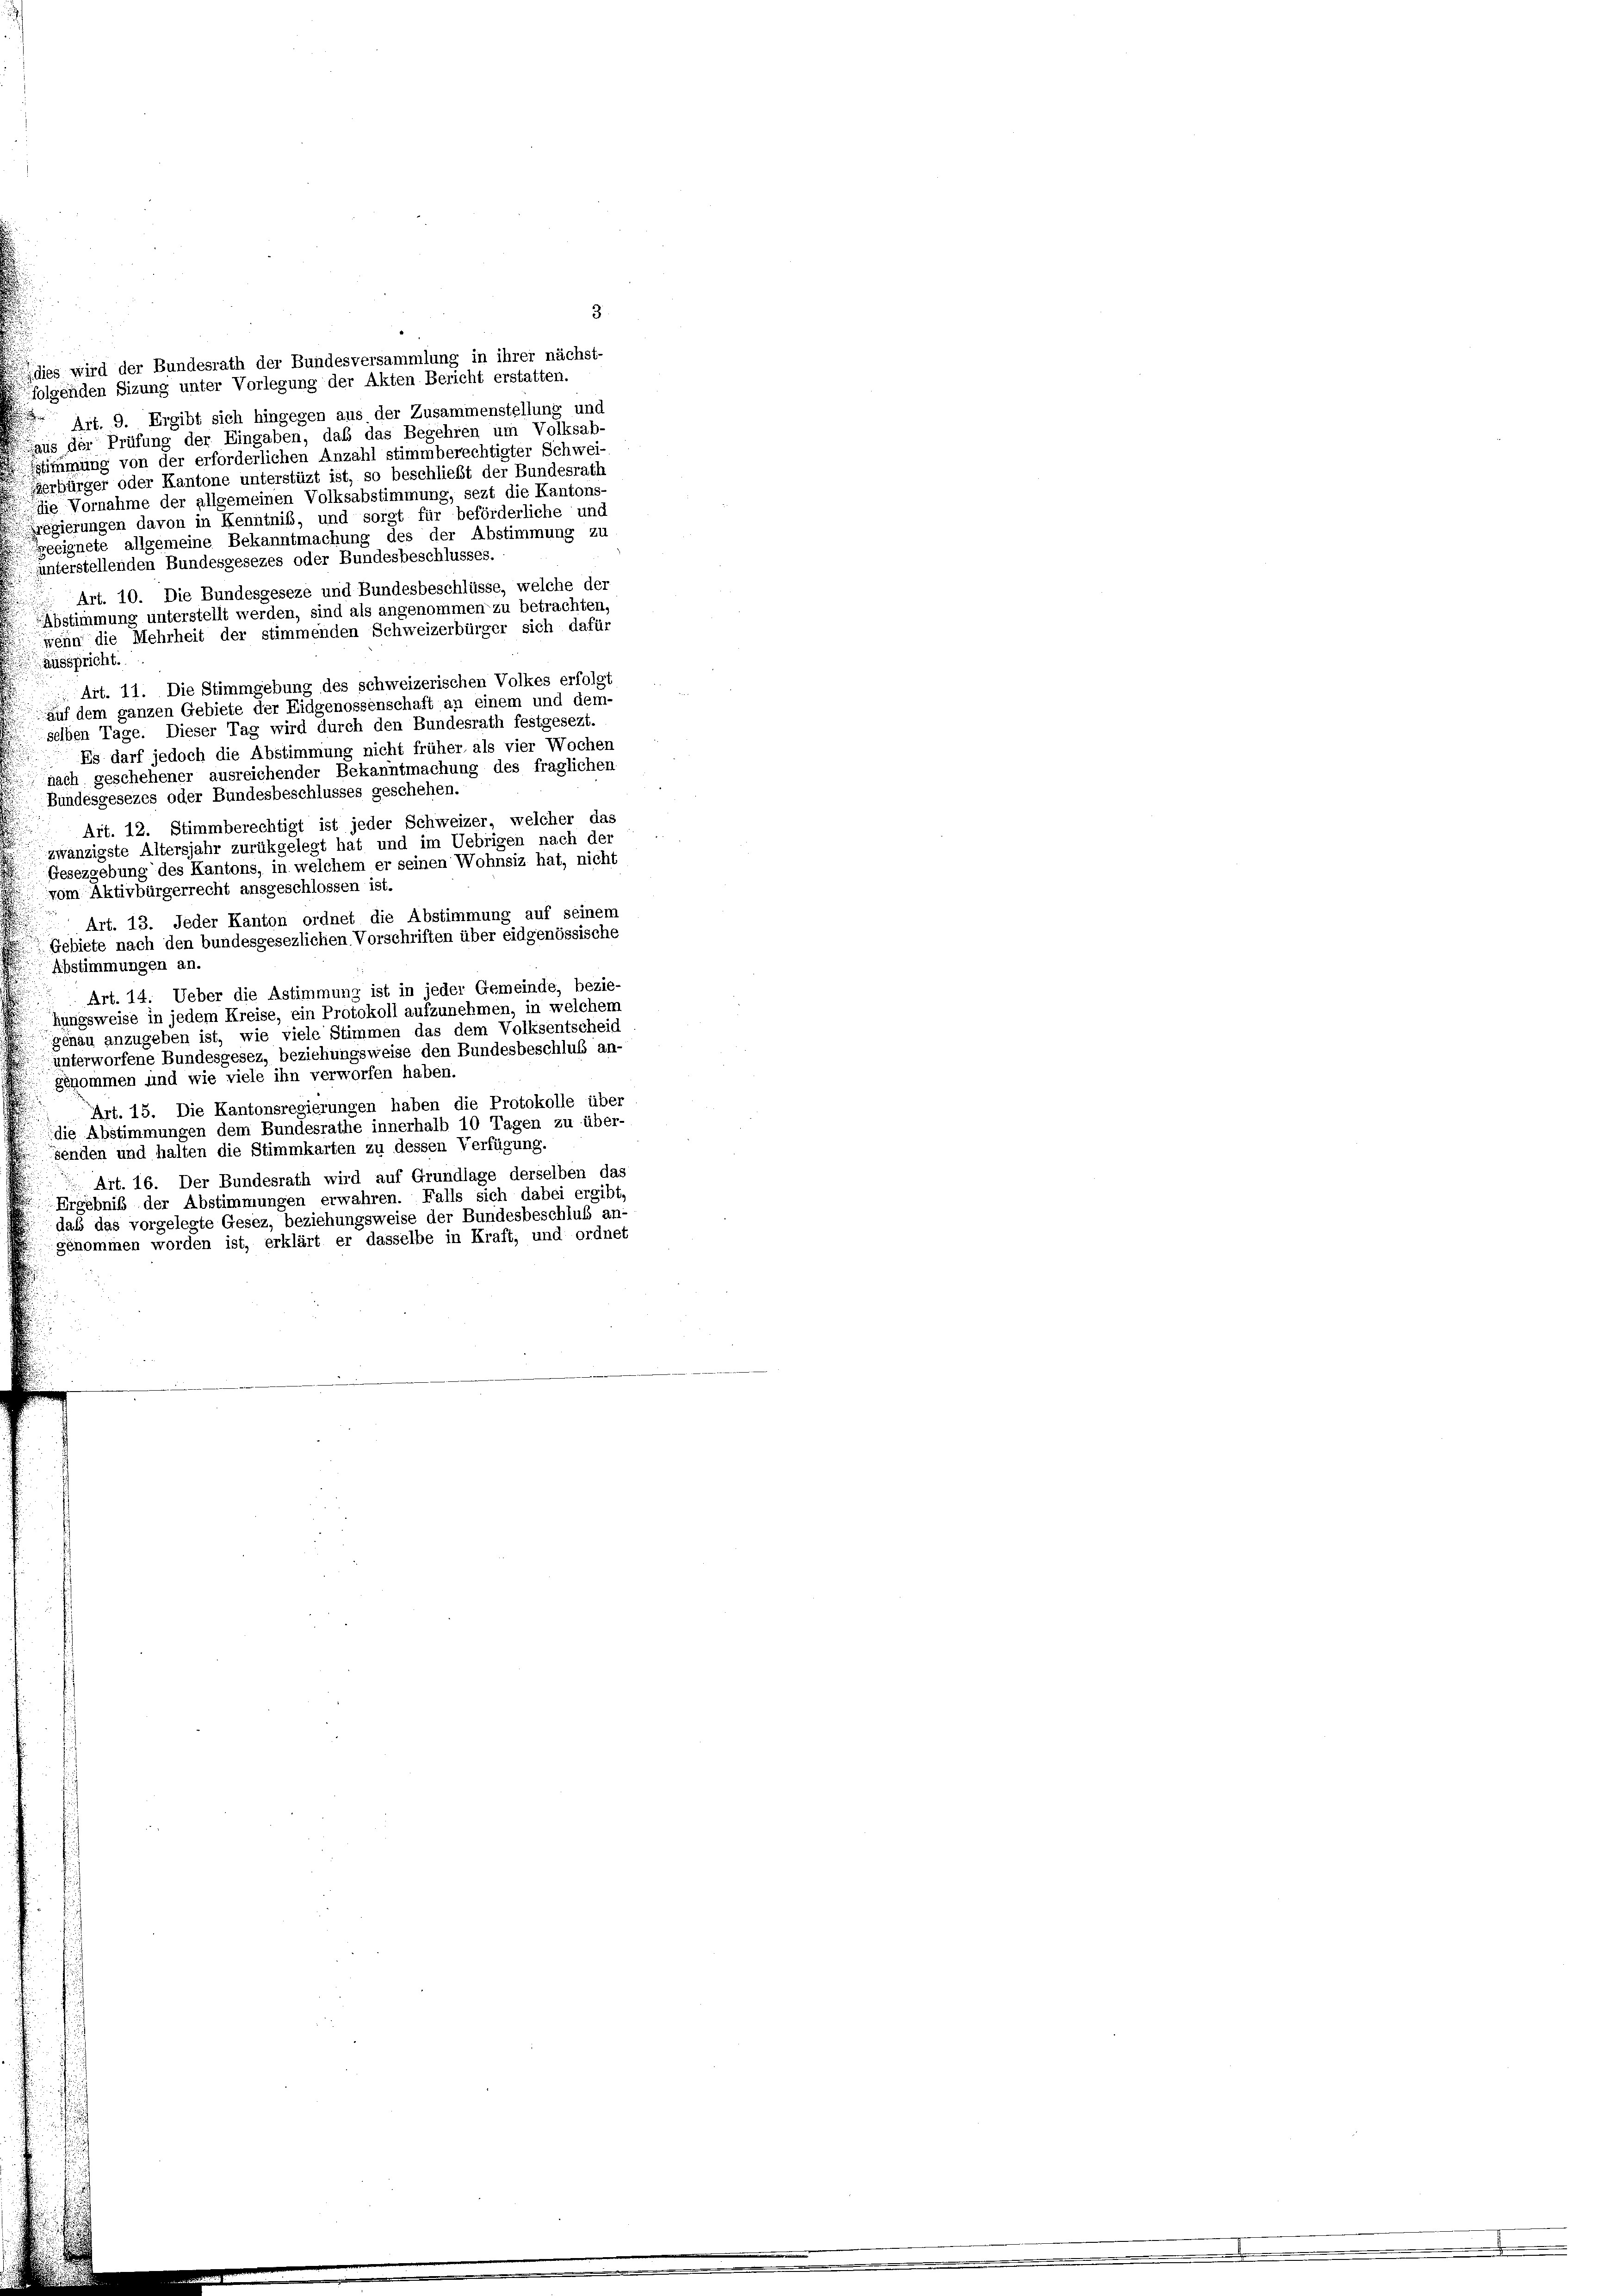
dies wird der Bundesrath der Bundesversammlung in ihrer nächst-
folgenden Sizung unter Vorlegung der Akten Bericht erstatten.
Art. 9. Ergibt sich hingegen aus der Zusammenstellung und
aus der Prüfung der Eingaben, daß das Begehren um Volksab
sstimmung von der erforderlichen Anzahl stimmberechtigter Schwei-
erbürger oder Kantone unterstüzt ist, so beschließt der Bundesrath
die Vornahme der allgemeinen Volksabstimmung, sezt die Kantons-
Frégierungen davon in Kenntniß, und sorgt für beförderliche und
geeignete allgemeine Bekanntmachung des der Abstimmung zu
uunterstellenden Bundesgesezes oder Bundesbeschlusses.
Art. 10. Die Bundesgeseze und Bundesbeschlüsse, welche der
Abstimmung unterstellt werden, sind als angenommen zu betrachten,
wenn die Mehrheit der stimmenden Schweizerbürger sich dafür
ausspricht.
Art. 11. Die Stimmgebung des schweizerischen Volkes erfolg
auf dem ganzen Gebiete der Eidgenossenschaft an einem und dem-
selben Tage. Dieser Tag wird durch den Bundesrath festgesezt.
Es darf jedoch die Abstimmung nicht früher, als vier Wochen
nach geschehener ausreichender Bekanntmachung des fraglichen
Bundesgesezes oder Bundesbeschlusses geschehen.
Art. 12. Stimmberechtigt ist jeder Schweizer, welcher das
zwanzigste Altersjahr zurükgelegt hat und im Uebrigen nach der
Gesezgebung des Kantons, in welchem er seinen Wohnsiz hat, nicht
vom Aktivbürgerrecht ausgeschlossen ist.
Art. 13. Jeder Kanton ordnet die Abstimmung auf seinem
Gebiete nach den bundesgesezlichen Vorschriften über eidgenössische
Abstimmungen an.
Art. 14. Ueber die Astimmung ist in jeder Gemeinde, bezie-
hungsweise in jedem Kreise, ein Protokoll aufzunehmen, in welchem
genau anzugeben ist, wie viele Stimmen das dem Volksentscheid
unterworfene Bundesgesez, beziehungsweise den Bundesbeschluß an-
genommen und wie viele ihn verworfen haben.
Art. 15. Die Kantonsregierungen haben die Protokolle über
die Abstimmungen dem Bundesrathe innerhalb 10 Tagen zu über-
senden und halten die Stimmkarten zu dessen Verfügung.
 Art. 16. Der Bundesrath wird auf Grundlage derselben das
Ergebniß der Abstimmungen erwahren. Falls sich dabei ergibt.
daß das vorgelegte Gesez, beziehungsweise der Bundesbeschluß an:
genommen worden ist, erklärt er dasselbe in Kraft, und ordnet

3